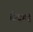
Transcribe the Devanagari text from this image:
बेदाद